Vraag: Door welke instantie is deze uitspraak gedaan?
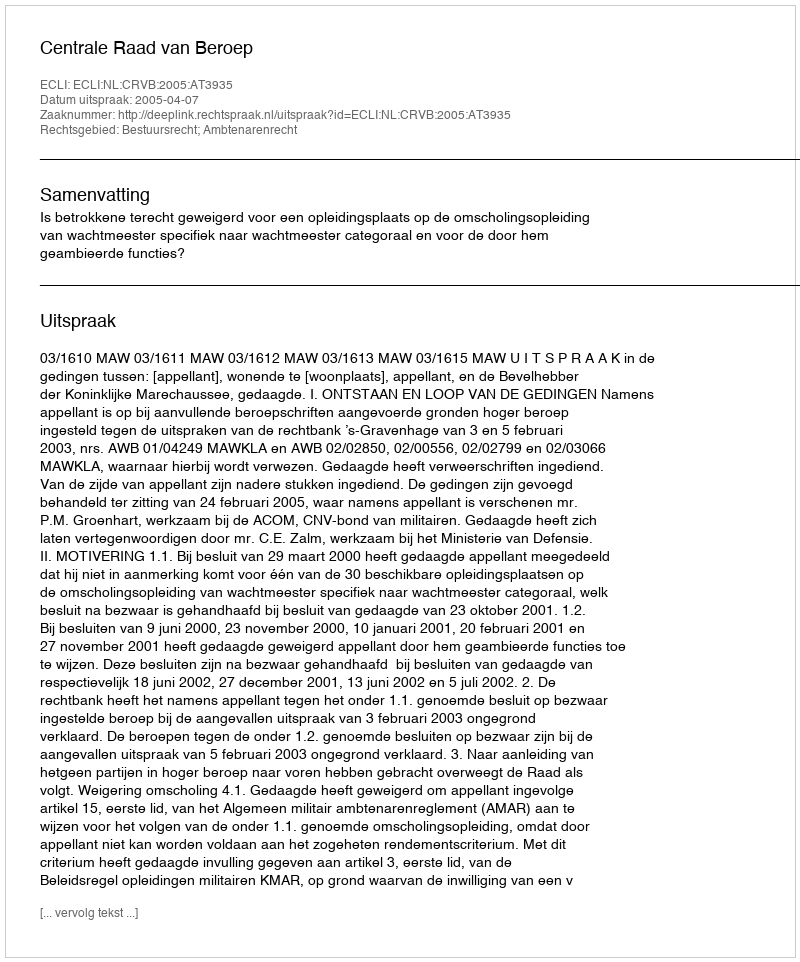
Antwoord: Centrale Raad van Beroep